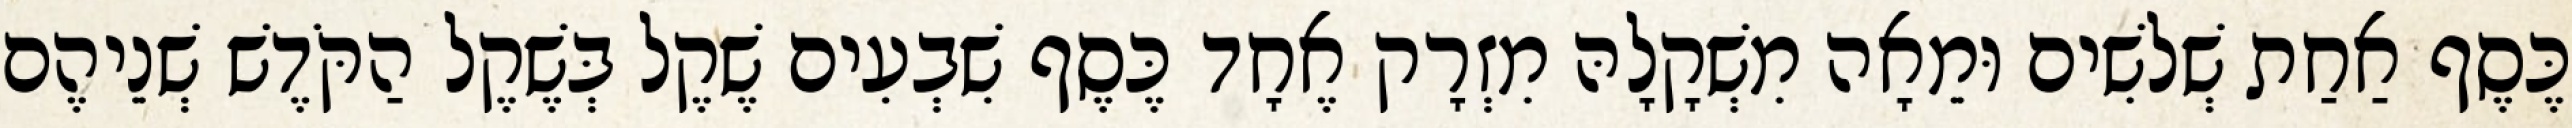
כֶּסֶף אַחַת שְׁלשִׁים וּמֵאָה מִשְׁקָלָהּ מִזְרָק אֶחָד כֶּסֶף שִׁבְעִים שֶׁקֶל בְּשֶׁקֶל הַקֹּדֶשׁ שְׁנֵיהֶם